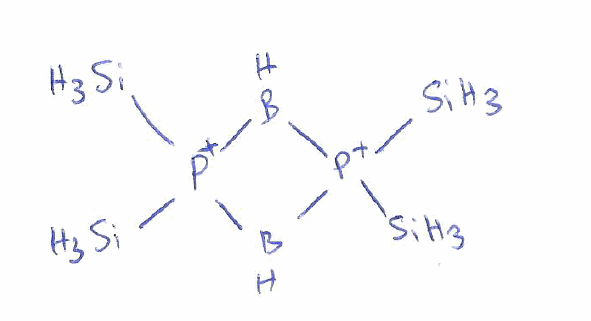
Simplified molecular-input line-entry system (SMILES) notation of the given molecule:
B1[P+](B[P+]1([SiH3])[SiH3])([SiH3])[SiH3]